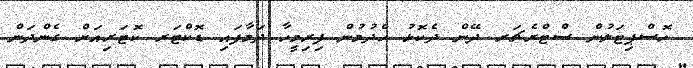
ހޮސްޕިޓަލުން ސްޓްރެޗަރ ދޭން ދެކޮޅު ހެދުމުން ފިރިމީހާ ދަމާފައި ޑޮކްޓަރ ކޮޓަރިއަށް ގެންދަން